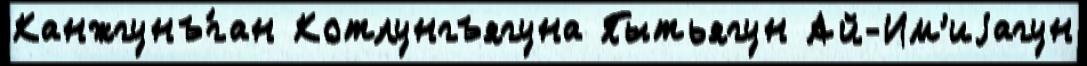
Канжгунъ́ган Котлунгъягуна Пытьягун Ай-Им'иjагун